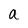
Character: a